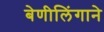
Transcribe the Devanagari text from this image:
बेणीलिंगाने